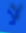
لا